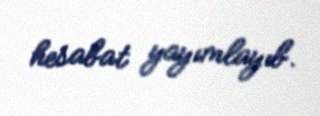
hesabat yayımlayıb.